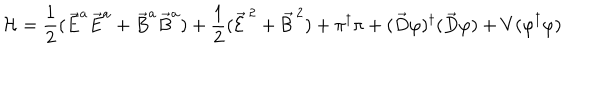
{ \cal H } = \frac { 1 } { 2 } ( \vec { E } ^ { a } \vec { E } ^ { a } + \vec { B } ^ { a } \vec { B } ^ { a } ) + \frac { 1 } { 2 } ( \vec { \cal E } ^ { \, 2 } + \vec { \cal B } ^ { \, 2 } ) + \pi ^ { \dagger } \pi + ( \vec { D } \varphi ) ^ { \dagger } ( \vec { D } \varphi ) + V ( \varphi ^ { \dagger } \varphi )